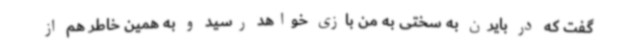
گفت که در بایرن به سختی به من بازی خواهد رسید و به همین خاطر هم از